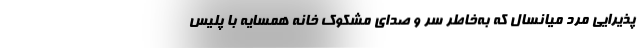
پذیرایی مرد میانسال که به‌خاطر سر و صدای مشکوک خانه همسایه با پلیس